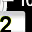
Digit: 2